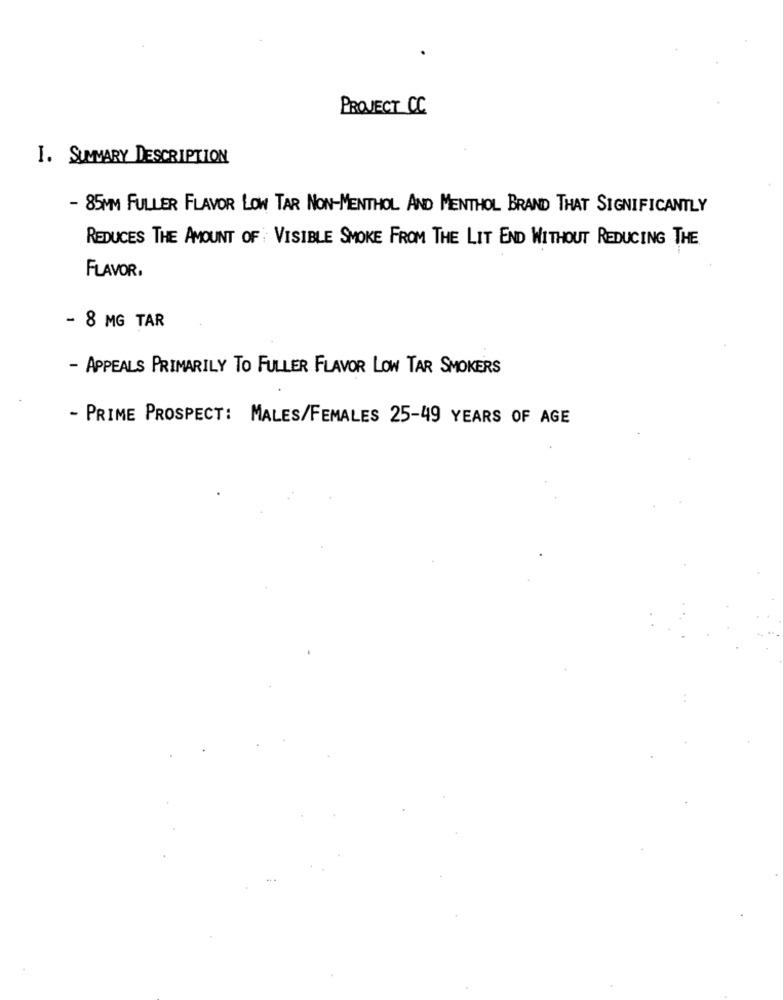
PROJECT CC
I. SUMMARY DESCRIPTION
- 85MM FULLER FLAVOR LOW TAR NON-MENTHOL AND MENTHOL BRAND THAT SIGNIFICANTLY
REDUCES THE AMOUNT OF VISIBLE SMOKE FROM THE LIT END WITHOUT REDUCING THE
FLAVOR
- 8 MG TAR
- APPEALS PRIMARILY TO FULLER FLAVOR LOW TAR SMOKERS
- PRIME PROSPECT: MALES/FEMALES 25-49 YEARS OF AGE